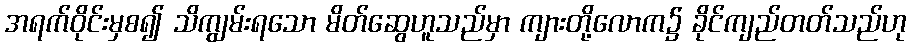
အရက်ဝိုင်းမှစ၍ သိကျွမ်းရသော မိတ်ဆွေဟူသည်မှာ ကျားတို့လောက၌ ခိုင်ကျည်တတ်သည်ဟု